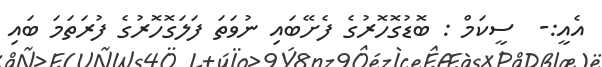
އެއީ:-  ސީކަމް : ބޮޑުގޮހޮރުގެ ފެށޭބައި ނުވަތަ ފަލަގޮހޮރުގެ ފުރަތަމަ ބައި